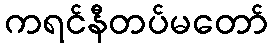
ကရင်နီတပ်မတော်